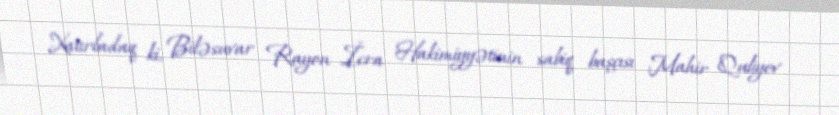
Xatırladaq ki, Biləsuvar Rayon İcra Hakimiyyətinin sabiq başçısı Mahir Quliyev